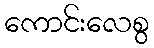
ကောင်းလေစွ